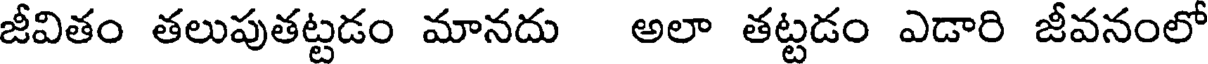
జీవితం తలుపుతట్టడం మానదు అలా తట్టడం ఎడారి జీవనంలో